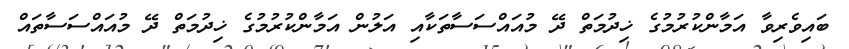
ބައިވެރިވާ އަމާންކުރުމުގެ ޚިދުމަތް ދޭ މުއައްސަސާތަކާއި އަލުން އަމާންކުރުމުގެ ޚިދުމަތް ދޭ މުއައްސަސާތައް